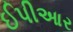
ઈપીઆર